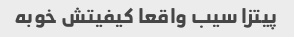
پیتزا سیب واقعا کیفیتش خوبه